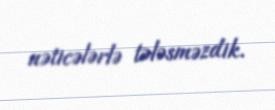
nəticələrlə tələsməzdik.